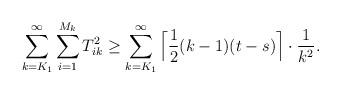
LaTeX: \begin{align*}\sum_{k=K_1}^{\infty} \sum_{i=1}^{M_k} T_{ik}^2 \geq \sum_{k=K_1}^{\infty} \Big\lceil \frac 1 2 (k-1)(t-s)\Big\rceil \cdot \frac 1 {k^2}.\end{align*}